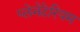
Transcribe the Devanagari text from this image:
प्‍लेनेटेरियम